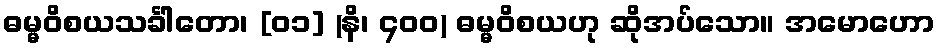
ဓမ္မဝိစယသင်္ခါတော၊ [၀၁] (နိ၊ ၄၀၀) ဓမ္မဝိစယဟု ဆိုအပ်သော။ အမောဟော